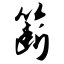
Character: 簖